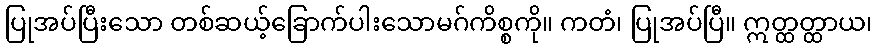
ပြုအပ်ပြီးသော တစ်ဆယ့်ခြောက်ပါးသောမဂ်ကိစ္စကို။ ကတံ၊ ပြုအပ်ပြီ။ ဣတ္ထတ္ထာယ၊